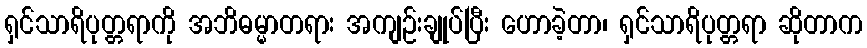
ရှင်သာရိပုတ္တရာကို အဘိဓမ္မာတရား အကျဉ်းချုပ်ပြီး ဟောခဲ့တာ၊ ရှင်သာရိပုတ္တရာ ဆိုတာက